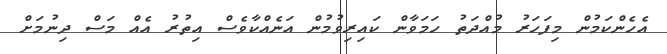
އެހެންކަމުން މިފަހަރު މުއްދަތު ހަމަވާން ކައިރިވުމުން އަނެއްކާވެސް އިތުރު އެއް މަސް ދިނުމަށް